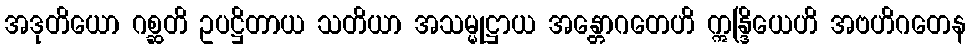
အဒုတိယော ဂစ္ဆတိ ဥပဋ္ဌိတာယ သတိယာ အသမ္မုဋ္ဌာယ အန္တောဂတေဟိ ဣန္ဒြိယေဟိ အဗဟိဂတေန